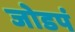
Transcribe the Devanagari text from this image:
जोडपं